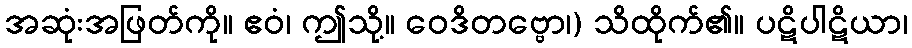
အဆုံးအဖြတ်ကို။ ဧဝံ၊ ဤသို့။ ဝေဒိတဗ္ဗော၊) သိထိုက်၏။ ပဋိပါဋိယာ၊